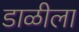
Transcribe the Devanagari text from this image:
डाळीला